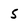
Character: 5